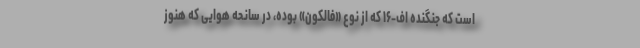
است که جنگنده اف-۱۶ که از نوع «فالکون» بوده، در سانحه هوایی که هنوز